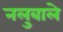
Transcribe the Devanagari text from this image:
नलुबाले